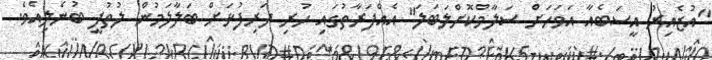
"އުޒެއިރު އީސަބެއާ އަވަހަށް ސަލާމްކޮށްލަބަލަ" އެއްފަރާތުގައި ހުރި ދަރިފުޅަށް ބަލާލަމުން ލުތުފީ ބުނެލިއެވެ.